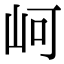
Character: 㞹